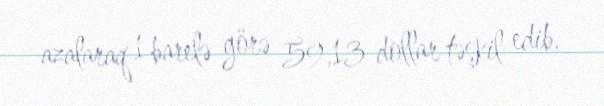
azalaraq 1 barelə görə 59,13 dollar təşkil edib.